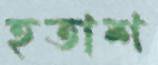
হতাশ